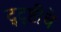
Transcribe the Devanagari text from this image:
द्द्ष्टीचे